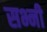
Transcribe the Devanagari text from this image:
सभ्नी